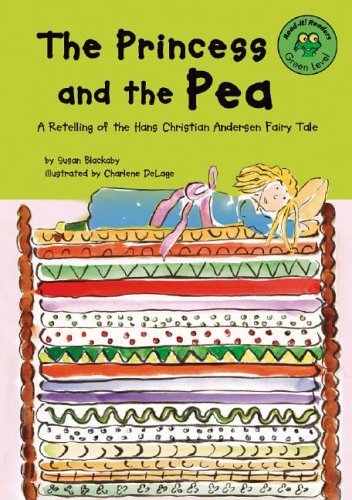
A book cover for The Princess and the Pea: A Retelling of the Hans Christian Anderson Fairy Tale (Read-It! Readers: Fairy Tales); Susan Blackaby; Children's Books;